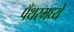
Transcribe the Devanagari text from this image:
पँथरमध्ये